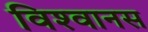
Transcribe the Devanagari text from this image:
विश्‍वानस